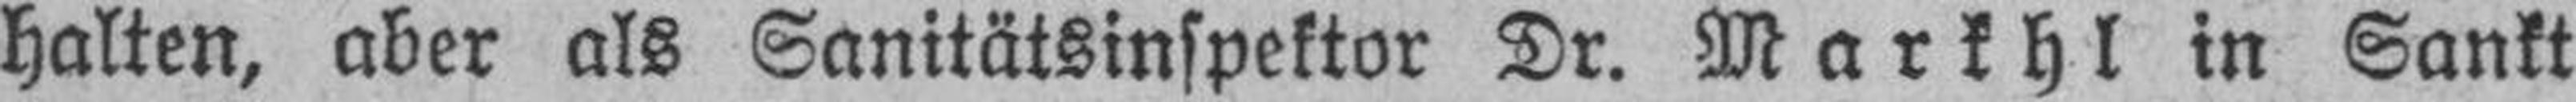
halten, aber als Sanitätsinspektor Dr. Markhl in Sankt